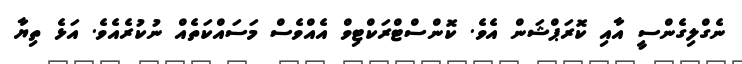
ނެގްލިގެންސީ އާއި ކޮރަޕްޝަން އެވެ. ކޮންސްޓްރަކްޓިވް އެއްވެސް މަސައްކަތެއް ނުކުރެއެވެ. އަޅެ ތިޔާ